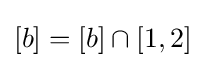
[b]=[b]\cap [1,2]